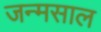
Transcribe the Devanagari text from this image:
जन्मसाल